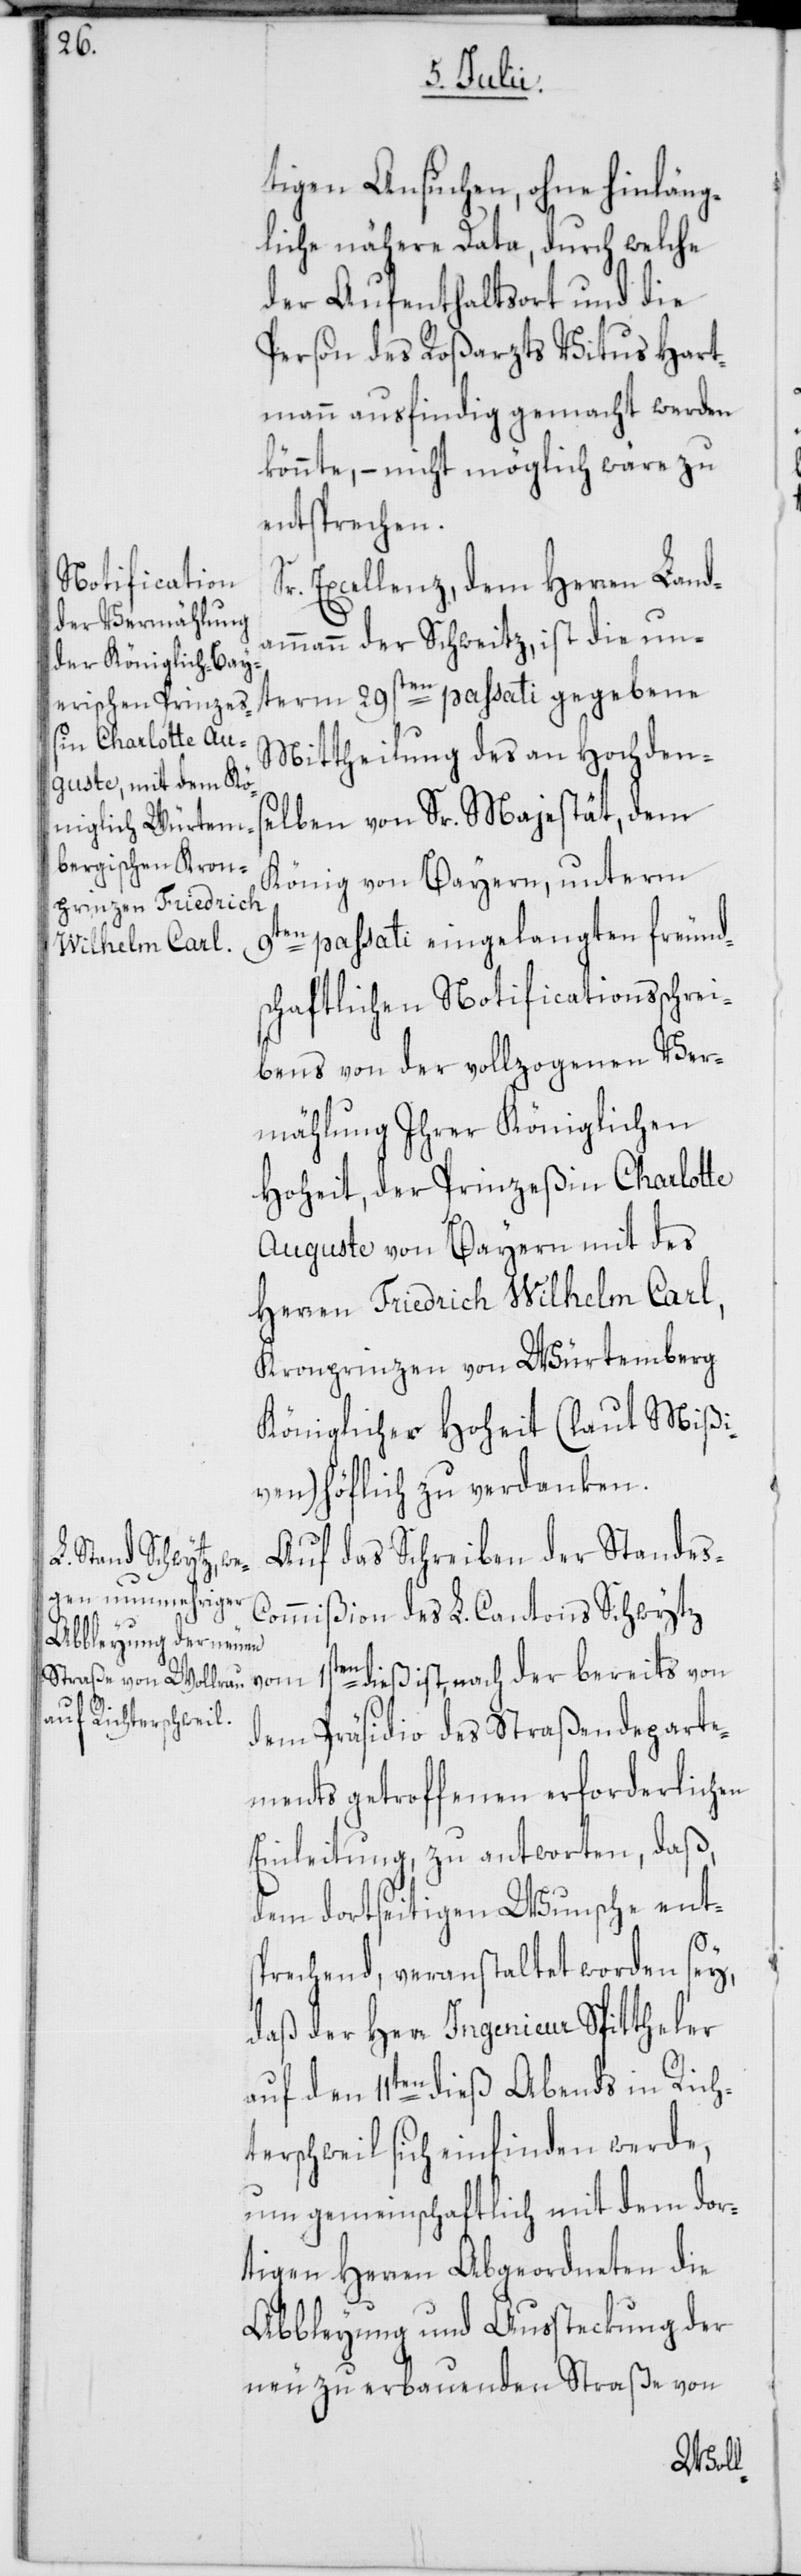
tigen Ansuchen, ohne hinläng¬
liche nähere Data, durch welche
der Aufenthaltsort und die
Person des Roßarzts Vitus Hart¬
mann ausfindig gemacht werden
könnte, – nicht möglich wäre zu
entsprechen.
r. Excellenz, dem Herren Land¬
ammann der Schweitz, ist die un¬
term 29sten passati gegebene
Mittheilung des an Hochden¬
selben von Sr. Majestät, dem
König von Bayern, unterm
9ten passati eingelangten freund¬
schaftlichen Notificationsschrei¬
bens von der vollzogenen Ver¬
mählung Ihrer Königlichen
Hoheit, der Prinzeßin Charlotte
Auguste von Bayern mit des
Herren Friedrich Wilhelm Carl,
Kronprinzen von Würtemberg
Königlicher Hoheit (laut Mißi¬
ven) höflich zu verdanken.
Auf das Schreiben der Standes-C¬
ommißion des L. Cantons Schwytz
vom 1sten dieß ist, nach der bereits von
dem Präsidio des Straßendeparte¬
ments getroffenen erforderlichen
Einleitung, zu antworten, daß,
dem dortseitigen Wunsche ents¬
prechend, veranstaltet worden sey,
daß der Herr Ingenieur Spittheler
auf den 11ten dieß Abends in Rich¬
terschweil sich einfinden werde,
um gemeinschaftlich mit dem dor¬
tigen Herren Abgeordneten die
Abbleyung und Aussteckung der
neu zu erbauenden Straße von
S¬